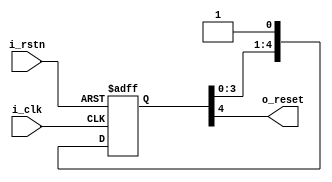





module internal_reset(
    input        i_clk,
    input wire   i_rstn,
    output wire   o_reset
);
    parameter RESET_FIFO_DEPTH = 5;

    reg[RESET_FIFO_DEPTH-1:0] synch_regs_q;

    always @ (posedge i_clk or negedge i_rstn) begin
        if (~i_rstn) begin
            synch_regs_q <= 0;
        end else begin
            synch_regs_q <= {synch_regs_q[RESET_FIFO_DEPTH-2:0], 1'b1};
        end
    end

    assign o_reset = synch_regs_q[RESET_FIFO_DEPTH-1];

endmodule